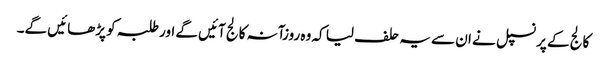
کالج کے پرنسپل نے ان سے یہ حلف لیا کہ وہ روزآنہ کالج آئیں گے اور طلبہ کو پڑھائیں گے۔